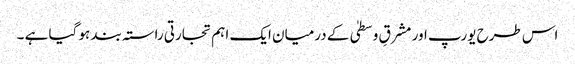
اس طرح یورپ اور مشرقِ وسطیٰ کے درمیان ایک اہم تجارتی راستہ بند ہو گیا ہے ۔